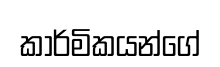
කාර්මිකයන්ගේ